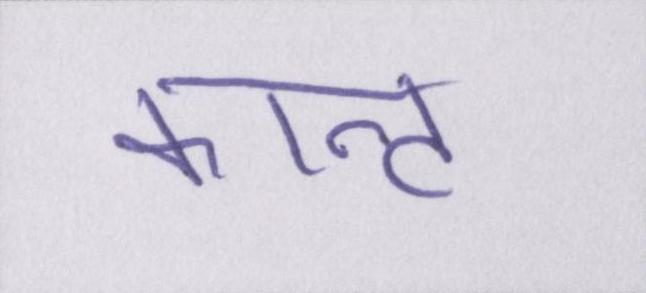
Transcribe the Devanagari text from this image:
कान्ट